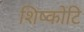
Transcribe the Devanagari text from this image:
शिष्कोटि